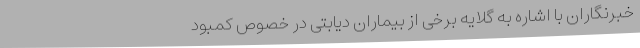
خبرنگاران با اشاره به گلایه برخی از بیماران دیابتی در خصوص کمبود